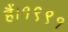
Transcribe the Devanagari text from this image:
हैं।१९९१